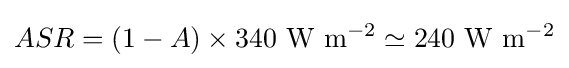
ASR=(1-A)\times 340~\mathrm {W} ~\mathrm {m} ^{-2}\simeq 240~\mathrm {W} ~\mathrm {m} ^{-2}